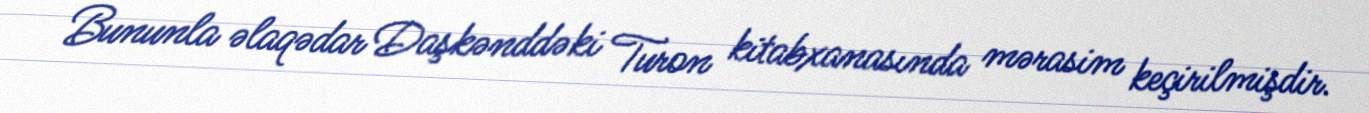
Bununla əlaqədar Daşkənddəki Turon kitabxanasında mərasim keçirilmişdir.